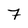
Character: 7